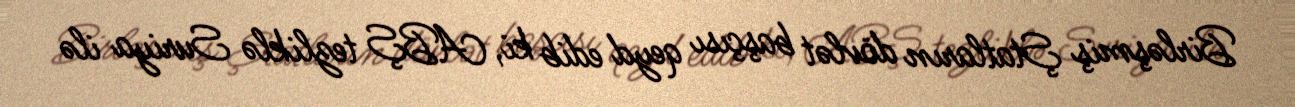
Birləşmiş Ştatların dövlət başçısı qeyd edib ki, ABŞ tezliklə Suriya ilə